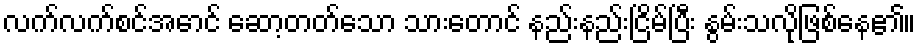
လက်လက်စင်အောင် ဆော့တတ်သော သားတောင် နည်းနည်းငြိမ်ပြီး နွမ်းသလိုဖြစ်နေ၏။